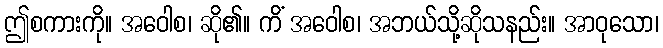
ဤစကားကို။ အဝေါစ၊ ဆို၏။ ကိံ အဝေါစ၊ အဘယ်သို့ဆိုသနည်း။ အာဝုသော၊